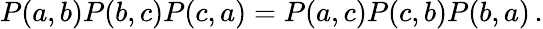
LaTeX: P(a,b)P(b,c)P(c,a)=P(a,c)P(c,b)P(b,a)\, .